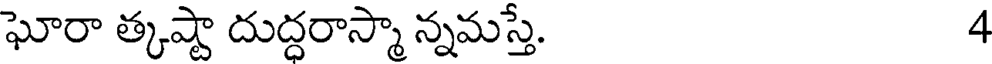
ఘోరా త్కష్టా దుద్ధరాస్మా న్నమస్తే. 4